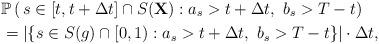
LaTeX: \begin{align*}&\mathbb P \left(\,s\in [t,t+\Delta t]\cap S(\mathbf{X}): a_s> t+\Delta t,~b_s> T-t \right)\\&=\left|\{s\in S(g)\cap [0,1): a_s> t+\Delta t,~b_s> T-t\}\right | \cdot \Delta t,\end{align*}